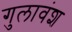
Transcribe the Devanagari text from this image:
गुलावंश